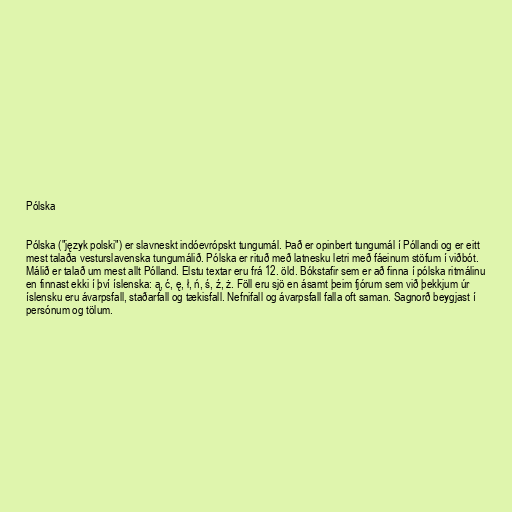
Pólska

Pólska ("język polski") er slavneskt indóevrópskt tungumál. Það er opinbert tungumál í Póllandi og er eitt
mest talaða vesturslavenska tungumálið. Pólska er rituð með latnesku letri með fáeinum stöfum í viðbót.
Málið er talað um mest allt Pólland. Elstu textar eru frá 12. öld. Bókstafir sem er að finna í pólska ritmálinu
en finnast ekki í því íslenska: ą, ć, ę, ł, ń, ś, ź, ż. Föll eru sjö en ásamt þeim fjórum sem við þekkjum úr
íslensku eru ávarpsfall, staðarfall og tækisfall. Nefnifall og ávarpsfall falla oft saman. Sagnorð beygjast í
persónum og tölum.